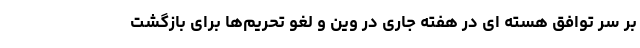
بر سر توافق هسته ای در هفته جاری در وین و لغو تحریم‌ها برای بازگشت